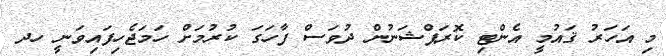
މި އަހަރު ޤައުމީ އެންޓި ކޮރަޕްޝަނުން ދުވަސް ފާހަގަ ކުރުމަށް ހަމަޖެހިފައިވަނީ ހދ